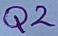
Text: Q2